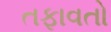
તફાવતો